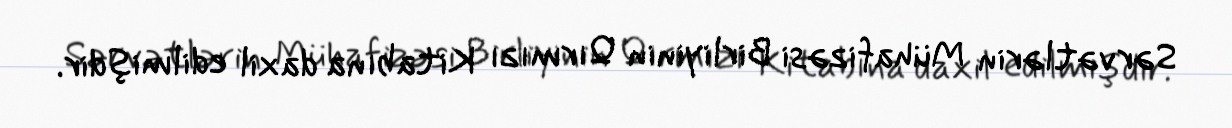
Sərvətlərin Mühafizəsi Birliyinin Qırmızı Kitabına daxil edilmişdir.